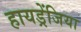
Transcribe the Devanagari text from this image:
हायड्रेंजिया